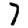
Digit: 7